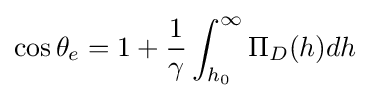
\cos \theta _{e}=1+{\frac {1}{\gamma }}\int _{h_{0}}^{\infty }\Pi _{D}(h)dh